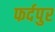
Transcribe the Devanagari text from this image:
फर्दपुर